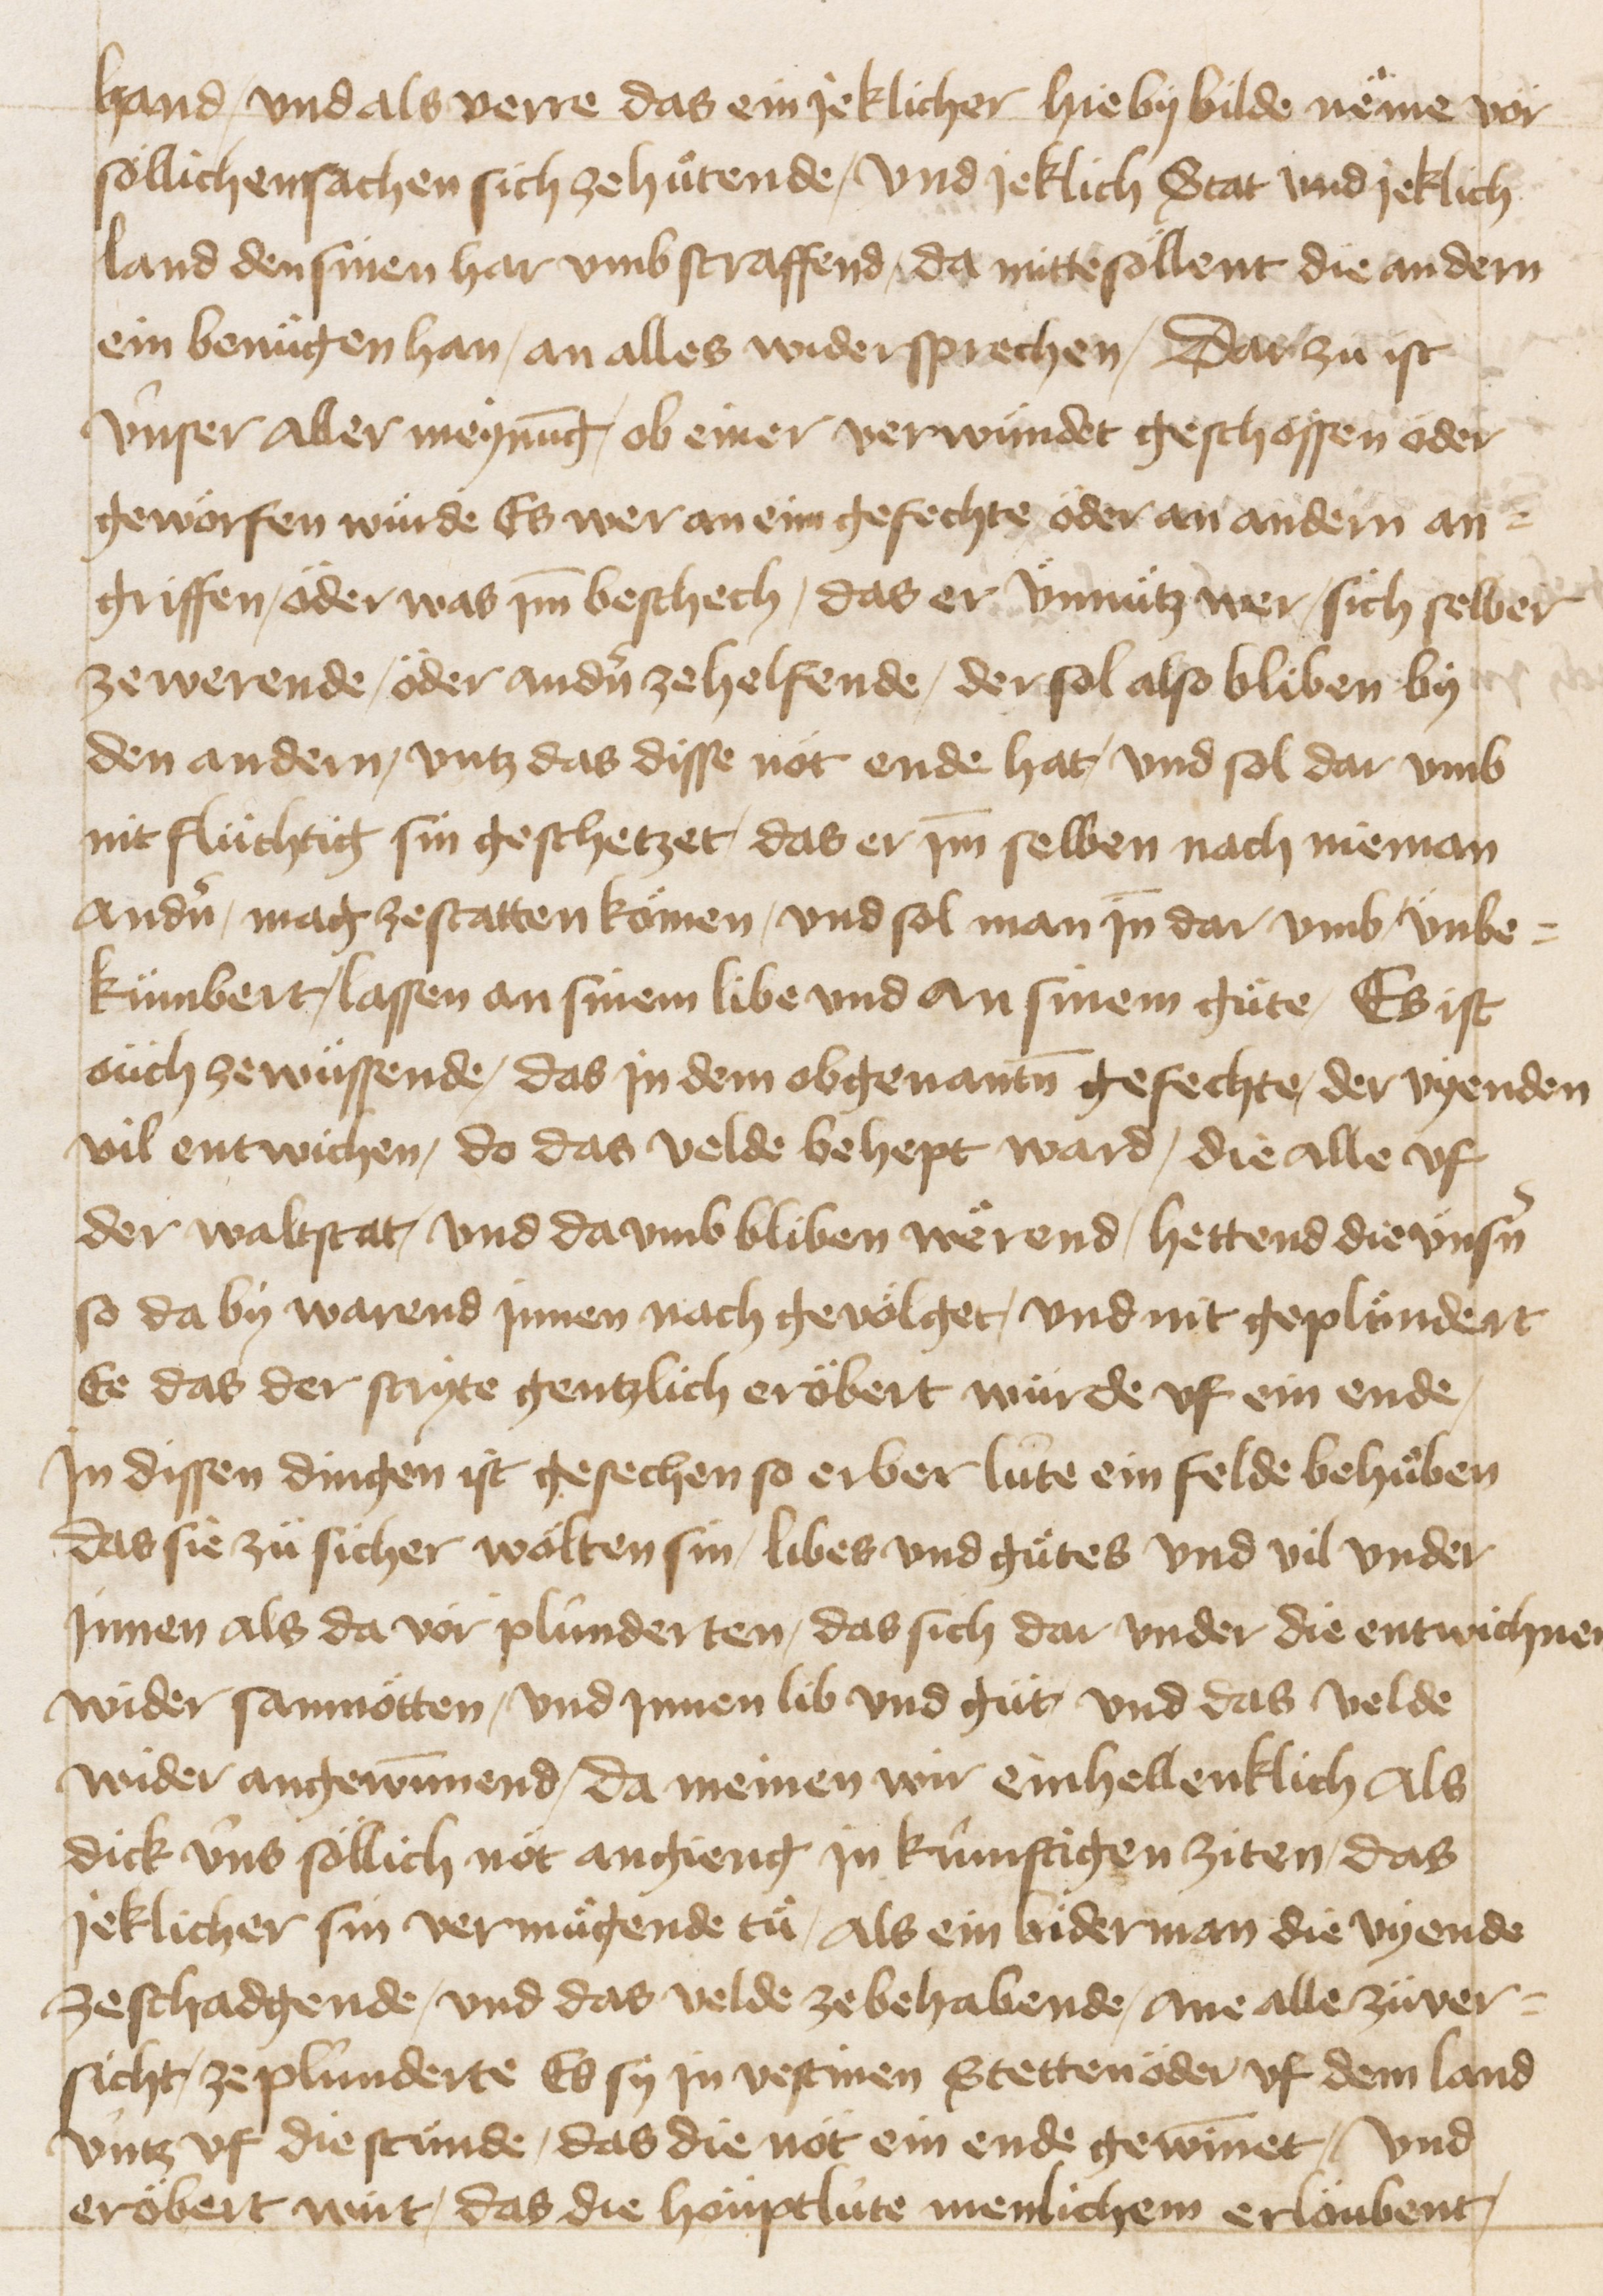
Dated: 1470–1607